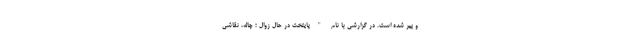
و پیر شده است. در گزارشی با نام "پایتخت در حال زوال ؛ چاله، نقاشی